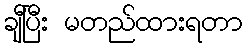
ချီပြီး မတည်ထားရတာ